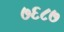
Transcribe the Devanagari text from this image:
७६८७